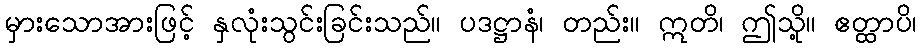
မှားသောအားဖြင့် နှလုံးသွင်းခြင်းသည်။ ပဒဋ္ဌာနံ၊ တည်း။ ဣတိ၊ ဤသို့။ ဧတ္ထာပိ၊